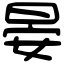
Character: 晏